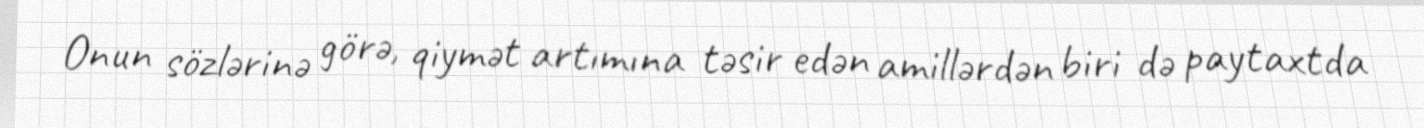
Onun sözlərinə görə, qiymət artımına təsir edən amillərdən biri də paytaxtda